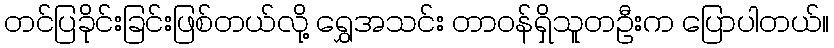
တင်ပြခိုင်းခြင်းဖြစ်တယ်လို့ ရွှေအသင်း တာဝန်ရှိသူတဦးက ပြောပါတယ်။